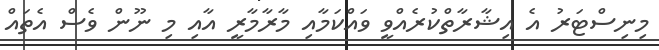
މިނިސްޓަރު އެ އިޝާރާތްކުރެއްވީ ވައްކަމާއި މާރާމާރީ އާއި މި ނޫން ވެސް އެތައް